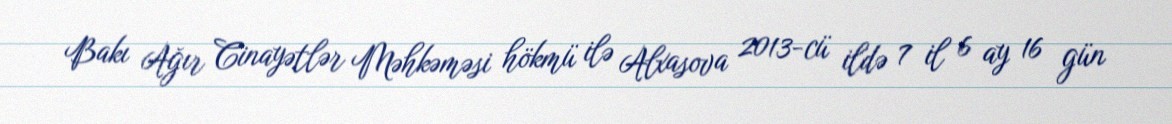
Bakı Ağır Cinayətlər Məhkəməsi hökmü ilə Alxasova 2013-cü ildə 7 il 6 ay 16 gün